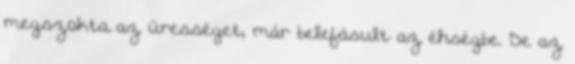
megszokta az ürességet, már belefásult az éhségbe. De az